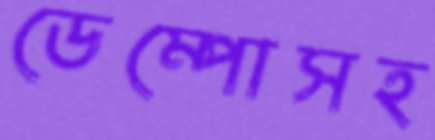
ডেম্পোসহ